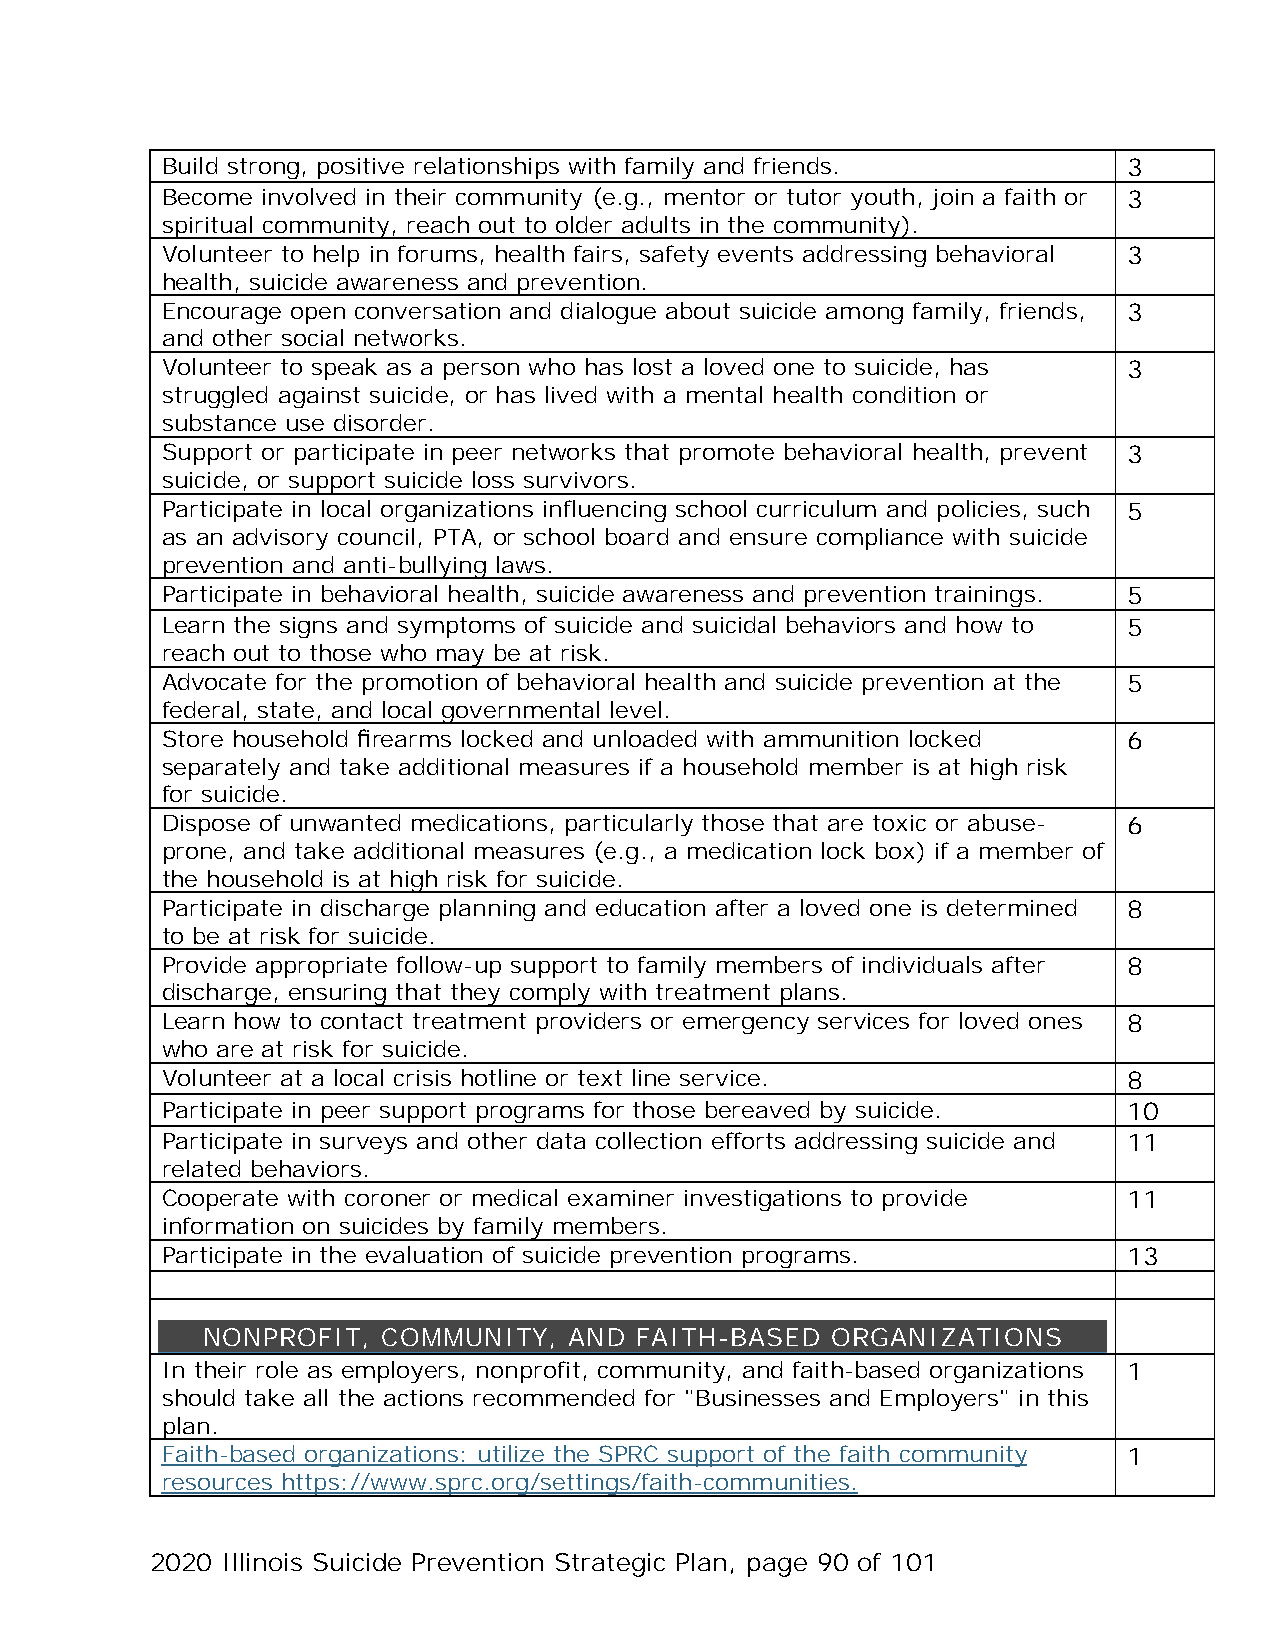
Build strong, positive relationships with family and friends.   3
 Become involved in their community (e.g., mentor or tutor youth, join a faith or 3
 spiritual community, reach out to older adults in the community).
 Volunteer to help in forums, health fairs, safety events addressing behavioral 3
 health, suicide awareness and prevention.
 Encourage open conversation and dialogue about suicide among family, friends, 3
 and other social networks.
 Volunteer to speak as a person who has lost a loved one to suicide, has 3
 struggled against suicide, or has lived with a mental health condition or
 substance use disorder.
 Support or participate in peer networks that promote behavioral health, prevent 3
 suicide, or support suicide loss survivors.
 Participate in local organizations influencing school curriculum and policies, such 5
 as an advisory council, PTA, or school board and ensure compliance with suicide
 prevention and anti-bullying laws.
 Participate in behavioral health, suicide awareness and prevention trainings. 5
 Learn the signs and symptoms of suicide and suicidal behaviors and how to 5
 reach out to those who may be at risk.
 Advocate for the promotion of behavioral health and suicide prevention at the 5
 federal, state, and local governmental level.
 Store household firearms locked and unloaded with ammunition locked 6
 separately and take additional measures if a household member is at high risk
 for suicide.
 Dispose of unwanted medications, particularly those that are toxic or abuse- 6
 prone, and take additional measures (e.g., a medication lock box) if a member of
 the household is at high risk for suicide.
 Participate in discharge planning and education after a loved one is determined 8
 to be at risk for suicide.
 Provide appropriate follow-up support to family members of individuals after 8
 discharge, ensuring that they comply with treatment plans.
 Learn how to contact treatment providers or emergency services for loved ones 8
 who are at risk for suicide.
 Volunteer at a local crisis hotline or text line service.       8
 Participate in peer support programs for those bereaved by suicide. 10
 Participate in surveys and other data collection efforts addressing suicide and 11
 related behaviors.
 Cooperate with coroner or medical examiner investigations to provide 11
 information on suicides by family members.
 P articipate in the evaluation of suicide prevention programs.  1 3
 NONPROFIT,  COMMUNITY,   AND FAITH-BASED  ORGANIZATIONS
 In their role as employers, nonprofit, community, and faith-based organizations 1
 should take all the actions recommended for "Businesses and Employers" in this
 plan.
 Faith-based organizations: utilize the SPRC support of the faith community 1
 resources https://www.sprc.org/settings/faith-communities.
 2020 Illinois Suicide Prevention Strategic Plan, page 90 of 101